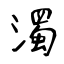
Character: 濁